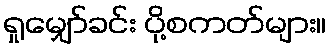
ရှုမျှော်ခင်း ပို့စကတ်များ။